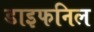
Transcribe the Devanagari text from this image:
डाइफनिल